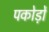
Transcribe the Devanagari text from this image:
पकोड़ों